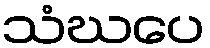
သံဃပေ